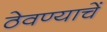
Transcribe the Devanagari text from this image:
ठेवण्याचें